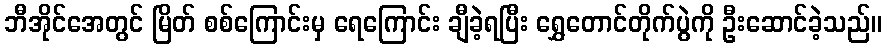
ဘီအိုင်အေတွင် မြိတ် စစ်ကြောင်းမှ ရေကြောင်း ချီခဲ့ရပြီး ရွှေတောင်တိုက်ပွဲကို ဦးဆောင်ခဲ့သည်။